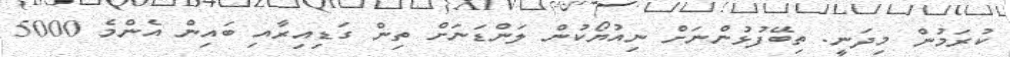
ކުރަމުން މިދަނީ. ތިބޭފުޅުންނަށް ނިއުޔޯކުން ލަންޑަނަށް ތިން ގަޑިއިރާއި ބައިން އެންމެ 5000